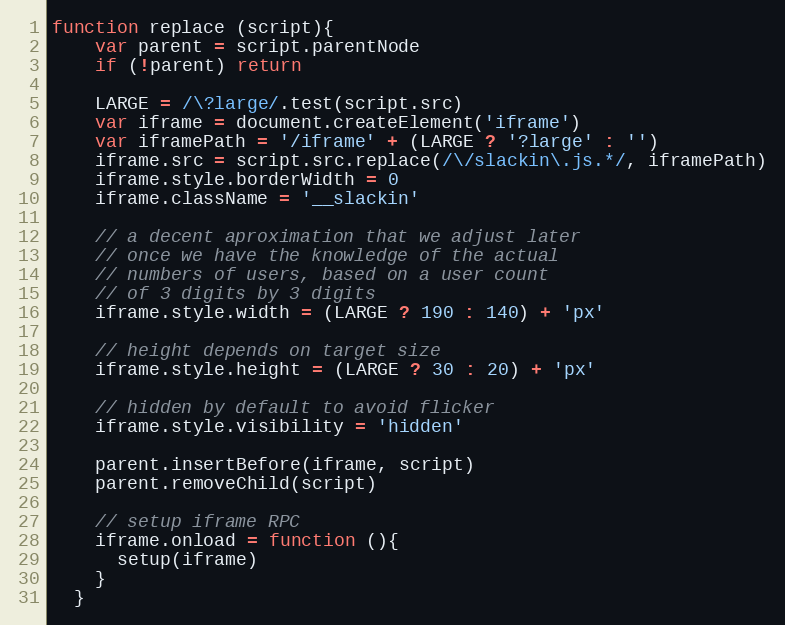
Language: JavaScript
function replace (script){
    var parent = script.parentNode
    if (!parent) return

    LARGE = /\?large/.test(script.src)
    var iframe = document.createElement('iframe')
    var iframePath = '/iframe' + (LARGE ? '?large' : '')
    iframe.src = script.src.replace(/\/slackin\.js.*/, iframePath)
    iframe.style.borderWidth = 0
    iframe.className = '__slackin'

    // a decent aproximation that we adjust later
    // once we have the knowledge of the actual
    // numbers of users, based on a user count
    // of 3 digits by 3 digits
    iframe.style.width = (LARGE ? 190 : 140) + 'px'

    // height depends on target size
    iframe.style.height = (LARGE ? 30 : 20) + 'px'

    // hidden by default to avoid flicker
    iframe.style.visibility = 'hidden'

    parent.insertBefore(iframe, script)
    parent.removeChild(script)

    // setup iframe RPC
    iframe.onload = function (){
      setup(iframe)
    }
  }